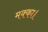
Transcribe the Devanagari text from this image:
मक्का।